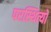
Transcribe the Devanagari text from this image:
परस्थित्यों